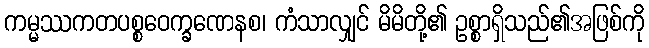
ကမ္မဿကတပစ္စဝေက္ခဏေနစ၊ ကံသာလျှင် မိမိတို့၏ ဥစ္စာရှိသည်၏အဖြစ်ကို